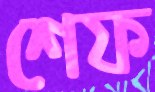
শেফ